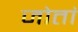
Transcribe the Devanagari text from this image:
जोतां